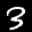
Label: 3